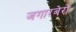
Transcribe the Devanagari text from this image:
जगारबेरो